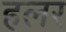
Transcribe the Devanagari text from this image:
हलर